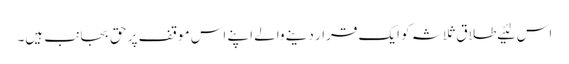
اس لئیے طلاق ثلاثہ کو ایک قرار دینے والے اپنے اس موقف پر حق بجانب ہیں۔